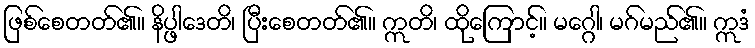
ဖြစ်စေတတ်၏။ နိပ္ဖါဒေတိ၊ ပြီးစေတတ်၏။ ဣတိ၊ ထိုကြောင့်။ မဂ္ဂေါ၊ မဂ်မည်၏။ ဣဒံ